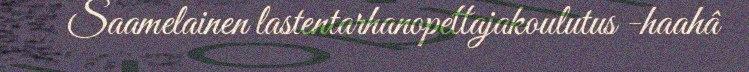
Saamelainen lastentarhanopettajakoulutus -haahâ